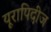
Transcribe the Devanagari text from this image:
यूरापिदीज